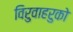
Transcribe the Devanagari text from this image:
विरुवाहरुको